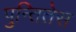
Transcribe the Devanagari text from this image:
पुन्तितेस